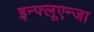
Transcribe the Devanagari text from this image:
इन्फ्लूएन्जा